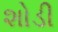
શોડી